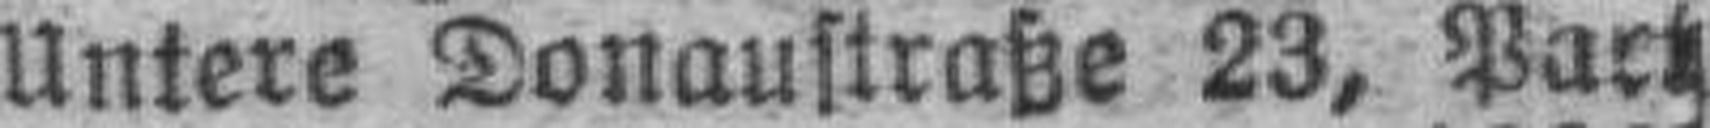
Untere Donaustraße 23, Part